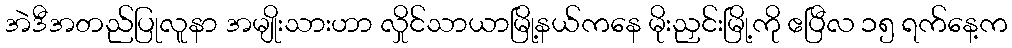
အဲဒီအတည်ပြုလူနာ အမျိုးသားဟာ လှိုင်သာယာမြို့နယ်ကနေ မိုးညှင်းမြို့ကို ဧပြီလ ၁၅ ရက်နေ့က